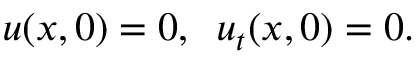
u ( x , 0 ) = 0 , \; \; u _ { t } ( x , 0 ) = 0 .